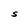
Character: S